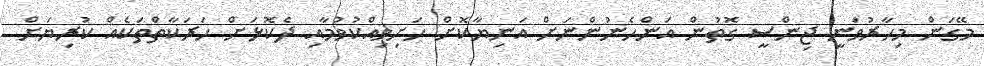
މޭގަން މިހާރުވަނީ ޖިންސީ ގޮތުން އަންހެނުންނަށް އަނިޔާކޮށް ހަށިވިއްކުވުމާއި ދެކޮޅަށް ހަރަކާތްތަކެއް ކުރިޔަށް